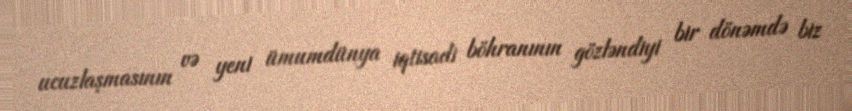
ucuzlaşmasının və yeni ümumdünya iqtisadi böhranının gözləndiyi bir dönəmdə biz